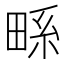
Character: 𭻖